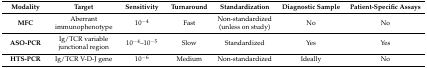
<table><thead><tr><td><b>Modality</b></td><td><b>Target</b></td><td><b>Sensitivity</b></td><td><b>Turnaround</b></td><td><b>Standardization</b></td><td><b>Diagnostic Sample</b></td><td><b>Patient-Specific Assays</b></td></tr></thead><tbody><tr><td><b>MFC</b></td><td>Aberrant immunophenotype</td><td>10<sup>−4</sup></td><td>Fast</td><td>Non-standardized (unless on study)</td><td>No</td><td>No</td></tr><tr><td><b>ASO-PCR</b></td><td>Ig/TCR variable junctional region</td><td>10<sup>−4</sup>–10<sup>−5</sup></td><td>Slow</td><td>Standardized</td><td>Yes</td><td>Yes</td></tr><tr><td><b>HTS-PCR</b></td><td>Ig/TCR V-D-J gene</td><td>10<sup>−6</sup></td><td>Medium</td><td>Non-standardized</td><td>Ideally</td><td>No</td></tr></tbody></table>